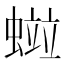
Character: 𧏑